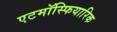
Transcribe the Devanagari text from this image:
एटमॉस्फियारिक